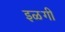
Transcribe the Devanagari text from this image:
इळगी